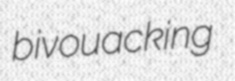
bivouacking